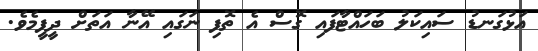
އަޅުގަނޑު ސައިކަލު ބަހައްޓާފައި ގޮސް އެ ތޮފި ނަގައި އޭނާ އަތަށް ދީފީމެވެ.